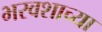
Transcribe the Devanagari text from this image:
भरवशाच्या